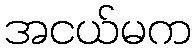
အငယ်မက